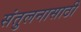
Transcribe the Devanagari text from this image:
संतुलनासाठी